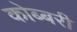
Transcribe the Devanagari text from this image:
कोब्बरी